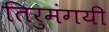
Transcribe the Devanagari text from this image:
तिरुमंगयी